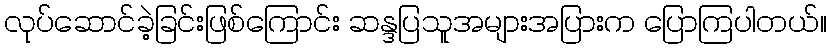
လုပ်ဆောင်ခဲ့ခြင်းဖြစ်ကြောင်း ဆန္ဒပြသူအများအပြားက ပြောကြပါတယ်။